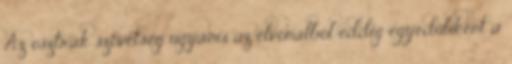
Az osztrák szövetség ugyanis az élvonalból eddig egyedüliként a